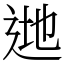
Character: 逇